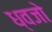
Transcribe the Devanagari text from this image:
ध्वजो